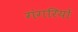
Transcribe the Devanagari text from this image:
गंगरियों